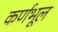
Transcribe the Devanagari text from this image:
कर्णभूल